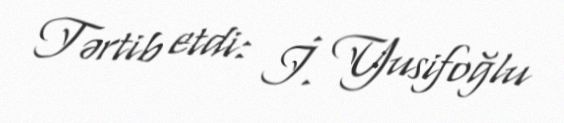
Tərtib etdi: İ. Yusifoğlu